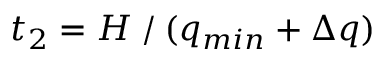
t _ { 2 } = H ⁄ ( q _ { m i n } + \Delta q )